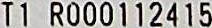
T1 R000112415